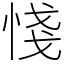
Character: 㥇